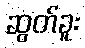
ဆွတ်ခူး